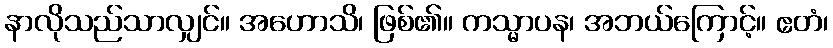
နာလိုသည်သာလျှင်။ အဟောသိ၊ ဖြစ်၏။ ကသ္မာပန၊ အဘယ်ကြောင့်။ ဧတံ၊